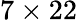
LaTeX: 7\times 22